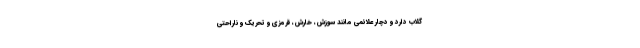
گلاب دارد و دچار علائمی مانند سوزش، خارش، قرمزی و تحریک و ناراحتی